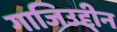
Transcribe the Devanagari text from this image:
गाजिउद्दीन